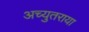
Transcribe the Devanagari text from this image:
अच्युतराया